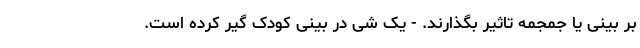
بر بینی یا جمجمه تاثیر بگذارند. - یک شی در بینی کودک گیر کرده است.